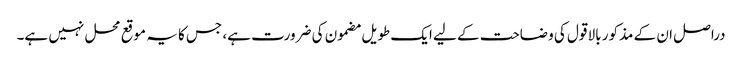
دراصل ان کے مذکور بالا قول کی وضاحت کے لیے ایک طویل مضمون کی ضرورت ہے، جس کا یہ موقع محل نہیں ہے۔